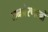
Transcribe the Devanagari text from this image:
जनप्रेरणाओं